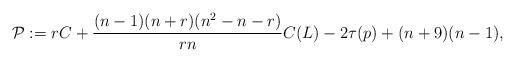
LaTeX: \begin{align*}\mathcal{P} := rC +\frac{(n-1)(n+r)(n^2-n-r)}{rn}C(L)-2\tau(p)+(n+9)(n-1),\end{align*}